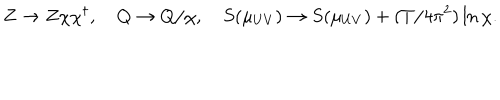
Z \to Z \chi \chi ^ { \dagger } , \quad Q \to Q / \chi , \quad S ( \mu _ { U V } ) \to S ( \mu _ { U V } ) + ( T / 4 \pi ^ { 2 } ) \ln \chi .